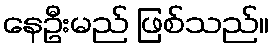
နေဦးမည် ဖြစ်သည်။